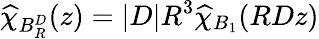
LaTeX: \widehat{\chi}_{B_{R}^{D}}(z)=|D|R^{3}\widehat{\chi}_{B_{1}}(RDz)